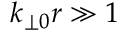
k _ { \perp 0 } r \gg 1